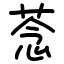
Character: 菍